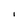
Character: l